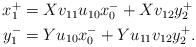
LaTeX: \begin{align*} \begin{aligned}x_1^+ &= Xv_{11} u_{10} x_0^- + Xv_{12}y_2^+\\y_1^- &= Yu_{10} x_0^- + Yu_{11}v_{12}y_2^+.\end{aligned}\end{align*}